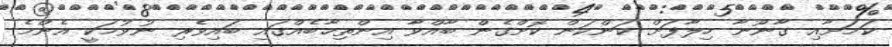
ކަމަށާއި ގާނޫނާ ހިލާފަށް ކަންކަން ކޮށްގެން ބާއްވާ އިންތިޚާބެއްގައި ބައިވެރި ނުވުމަކީ އެންމެ